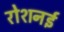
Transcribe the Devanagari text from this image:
रोशनई